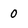
Character: 0